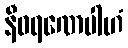
နီဝရဏေပါဟံ